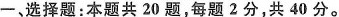
一、选择题：本题共 20 题，每题 2 分，共 40 分。